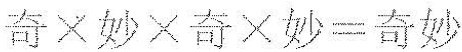
奇\times妙\times奇\times妙=奇妙